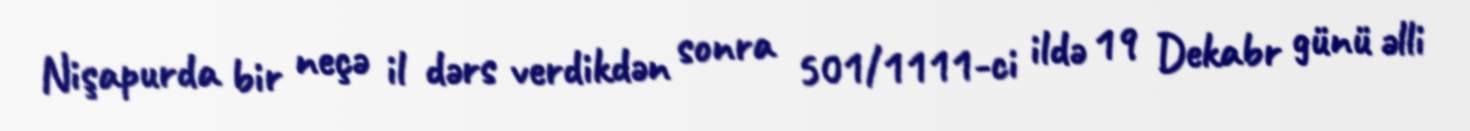
Nişapurda bir neçə il dərs verdikdən sonra 501/1111-ci ildə 19 Dekabr günü əlli